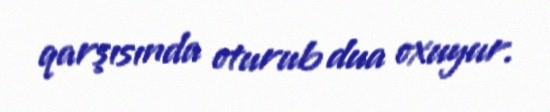
qarşısında oturub dua oxuyur.